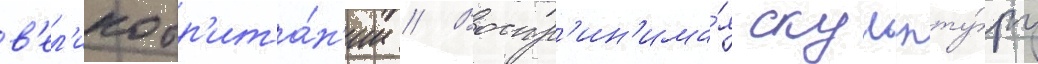
в'ел'икобр'ита́н'ии // Воспр'ин'има́я скульпту́ру